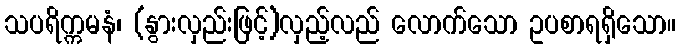
သပရိက္ကမနံ၊ (နွားလှည်းဖြင့်)လှည့်လည် လောက်သော ဥပစာရရှိသော။